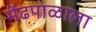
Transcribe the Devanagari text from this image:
मेंढपाळाला